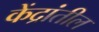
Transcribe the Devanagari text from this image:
केंद्रांतील